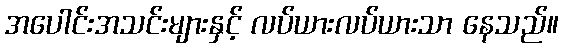
အပေါင်းအသင်းများနှင့် လပ်ယားလပ်ယားသာ နေသည်။